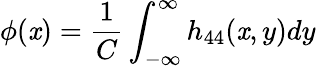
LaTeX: \phi(\mathit{x})=\frac{{1}}{{C}}\int_{-\infty}^{\infty}h_{44}(\mathit{x},y)dy